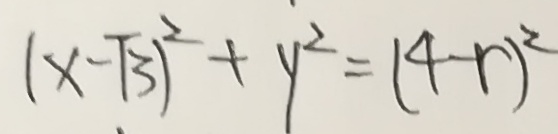
( x - \sqrt { 3 } ) ^ { 2 } + y ^ { 2 } = ( 4 - r ) ^ { 2 }